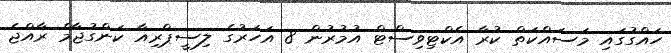
ހައްގުގައި މަސައްކަތް ކުރާ އެކްޓިވިސްޓް އުމުރުން 8 އަހަރުގެ ލިސީޕްރިއާ ކަންގުޖާމް ރާއްޖެ